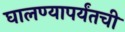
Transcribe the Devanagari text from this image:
घालण्यापर्यंतची